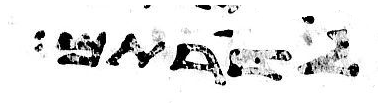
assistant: לשרתם